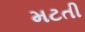
મટતી